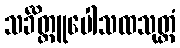
သင်္ခိတ္တူပေါသထသုတ္တံ